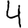
Digit: 4